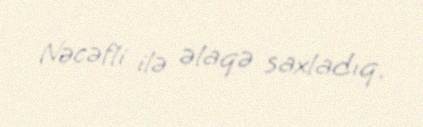
Nəcəfli ilə əlaqə saxladıq.